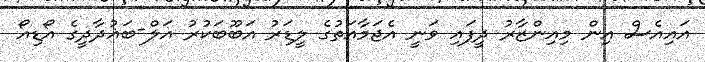
އައިއެސް އިން މިއިންޒާރު ދީފައި ވަނީ އެޖަމާއަތުގެ ލީޑަރު އަބޫބަކުރު އަލް-ބަޣުދާދީގެ އޯޑިއޯ